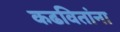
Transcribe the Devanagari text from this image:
कढवितांना